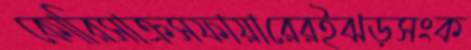
কোরিসাক্রসফায়ারেরইঝড়সংক